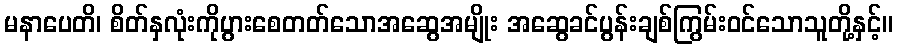
မနာပေတိ၊ စိတ်နှလုံးကိုပွားစေတတ်သောအဆွေအမျိုး အဆွေခင်ပွန်းချစ်ကြွမ်းဝင်သောသူတို့နှင့်။